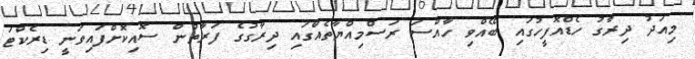
މިއަދު ދިރާގު ހެޑްއޮފީހުގައި ބޭއްވި ހާއްސަ ރަސްމިއްޔާތެއްގައި ދިރާގުގެ ފަރާތުން ސޮއިކޮށްފައިވަނީ ޑިރެކްޓަ